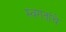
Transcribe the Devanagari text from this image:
स्वगतांचे